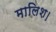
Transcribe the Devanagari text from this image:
मालिश।